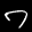
Label: 7